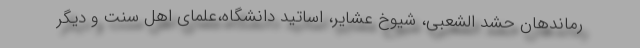
رماندهان حشد الشعبی، شیوخ عشایر، اساتید دانشگاه،علمای اهل سنت و دیگر